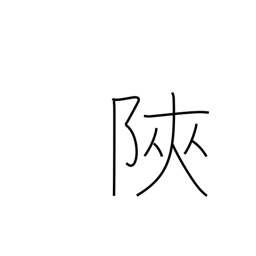
Meaning: narrow